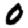
Digit: 0